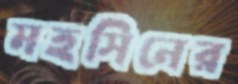
মহসিনের